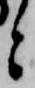
と